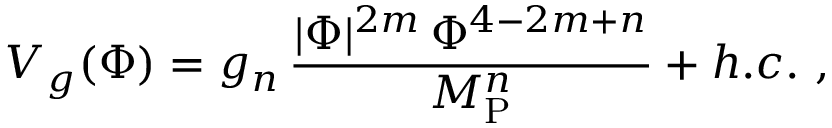
V _ { g } ( \Phi ) = g _ { n } \, { \frac { | \Phi | ^ { 2 m } \, \Phi ^ { 4 - 2 m + n } } { M _ { \mathrm { P } } ^ { n } } } + h . c . \ ,